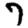
Digit: 7